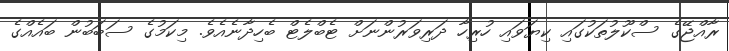
ރާއްޖޭގެ ސްކޫލުތަކުގައި ކިޔަވައި ހުރިހާ ދަރިވަރުންނަށް ޓެބްލެޓް ބެހިދާނެއެވެ. މިކަމުގެ ސަބަބުން ބައެއްގެ